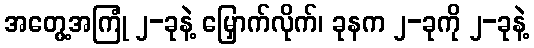
အတွေ့အကြုံ ၂-ခုနဲ့ မြှောက်လိုက်၊ ခုနက ၂-ခုကို ၂-ခုနဲ့